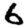
Digit: 6